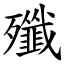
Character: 殲